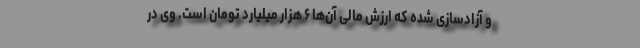
و آزادسازی شده که ارزش مالی آن‌ها ۶ هزار میلیارد تومان است. وی در